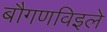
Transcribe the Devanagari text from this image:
बौगणविइले